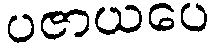
ပဇာယပေ